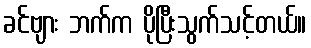
ခင်ဗျား ဘက်က ပိုပြီးသွက်သင့်တယ်။